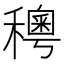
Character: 𥣄